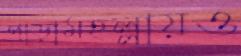
পাড়ামহল্লায়ও